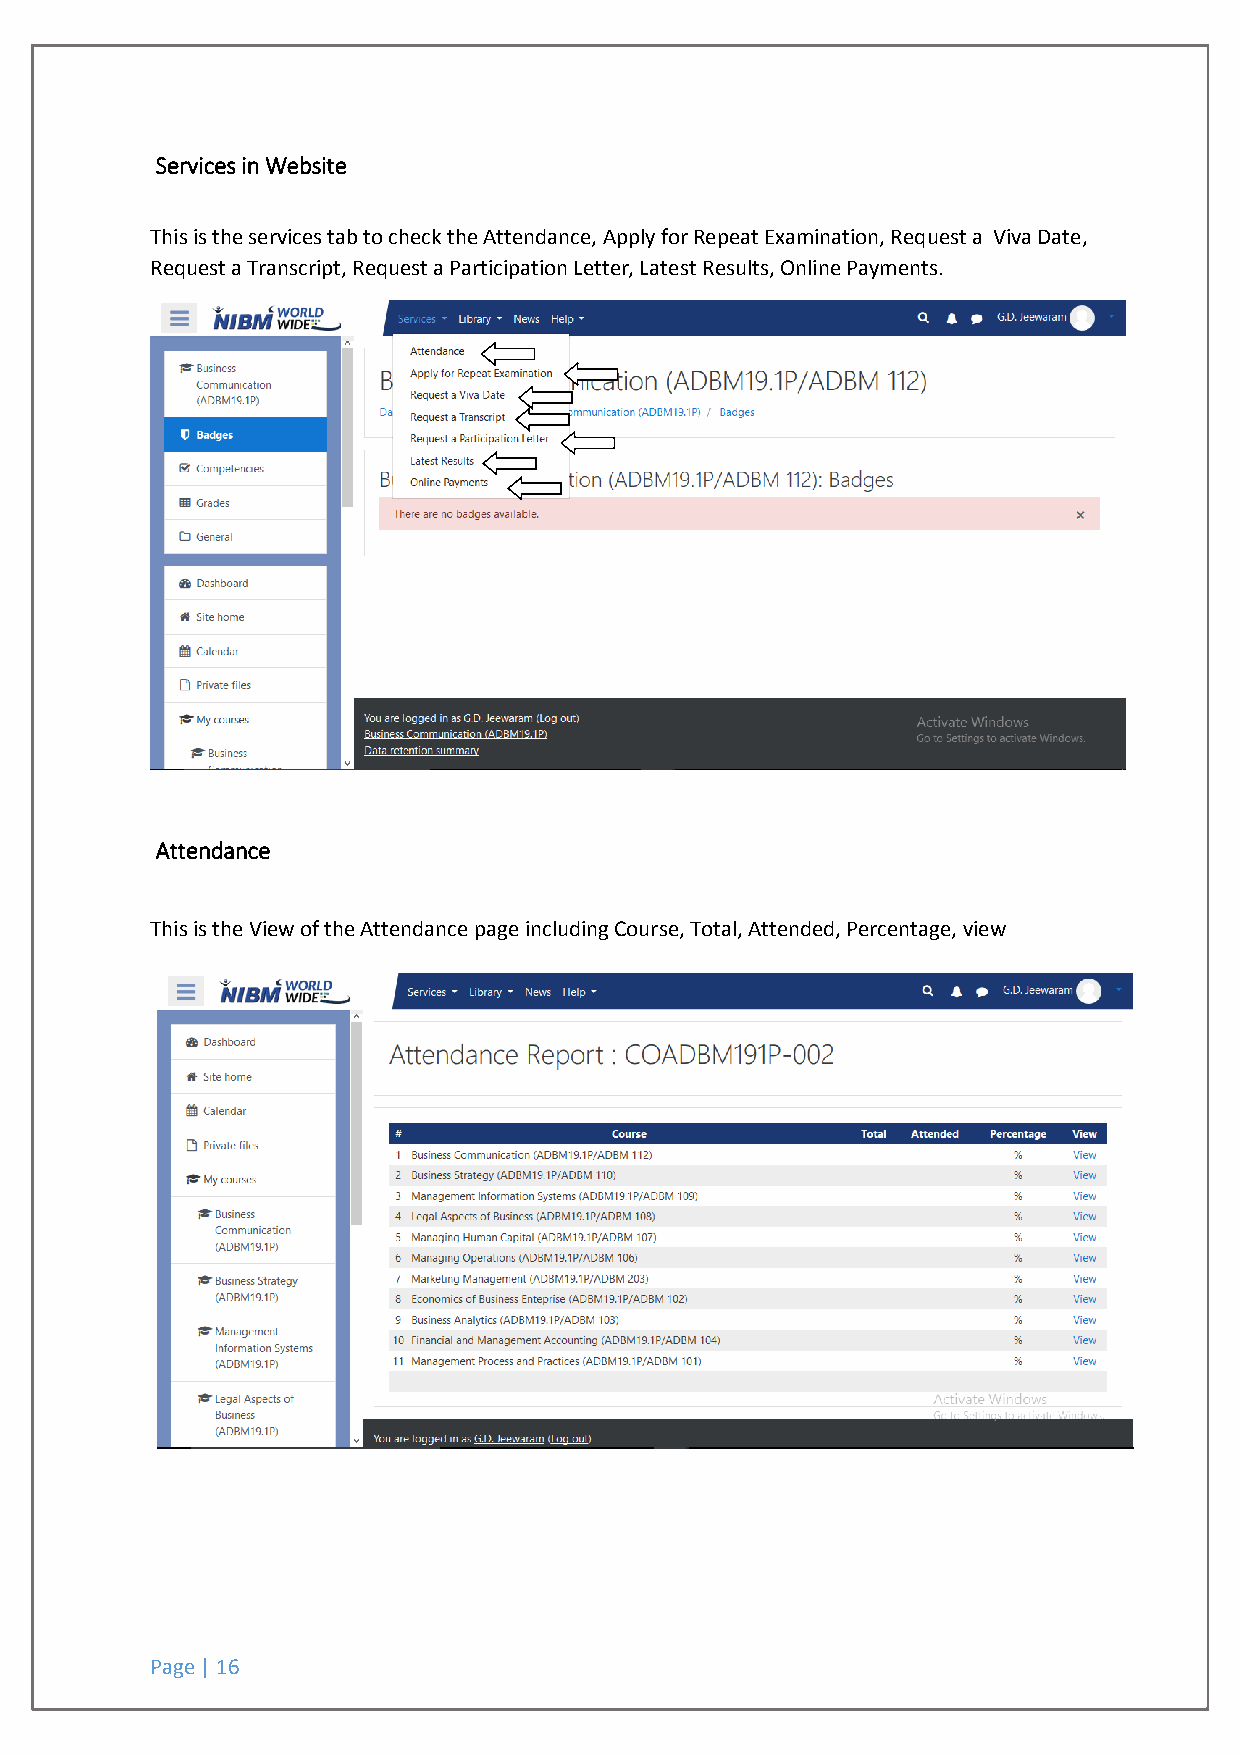
Services in Website
 This is the services tab to check the Attendance, Apply for Repeat Examination, Request a Viva Date,
 Request a Transcript, Request a Participation Letter, Latest Results, Online Payments.
 Attendance
 This is the View of the Attendance page including Course, Total, Attended, Percentage, view
 Page | 16